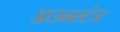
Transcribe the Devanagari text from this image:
डाउनस्टेज